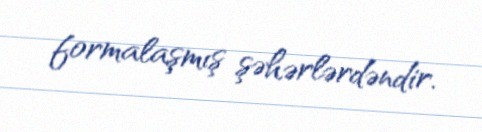
formalaşmış şəhərlərdəndir.